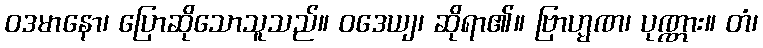
ဝဒမာနော၊ ပြောဆိုသောသူသည်။ ဝဒေယျ၊ ဆိုရာ၏။ ဗြာဟ္မဏ၊ ပုဏ္ဏား။ တံ၊